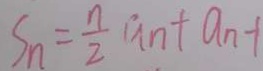
S _ { n } = \frac { n } { 2 } a _ { n } + a _ { n - 1 }